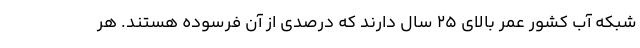
شبکه آب کشور عمر بالای ۲۵ سال دارند که درصدی از آن فرسوده هستند. هر